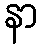
နာ